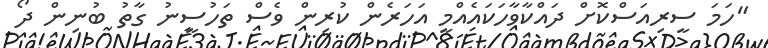
"ހަމަ ސީރިއަސްކޮށް ދައްކާވާހަކައެއްމީ އަހަރެން ކުރިން ވެސް ތަހުސީނު ގާތު ބުނިން ދޯ